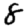
Digit: 8